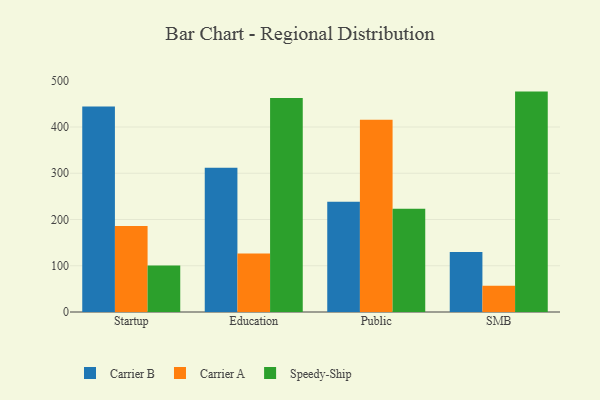
{"axis": {"x": "Segment", "y": "Headcount"}, "legend": ["Carrier A", "Carrier B", "Speedy-Ship"], "data": [{"x": "Startup", "y": 444.5, "type": "Carrier B"}, {"x": "Startup", "y": 185.8, "type": "Carrier A"}, {"x": "Startup", "y": 100.5, "type": "Speedy-Ship"}, {"x": "Education", "y": 312.1, "type": "Carrier B"}, {"x": "Education", "y": 126.5, "type": "Carrier A"}, {"x": "Education", "y": 462.8, "type": "Speedy-Ship"}, {"x": "Public", "y": 238.6, "type": "Carrier B"}, {"x": "Public", "y": 415.5, "type": "Carrier A"}, {"x": "Public", "y": 223.1, "type": "Speedy-Ship"}, {"x": "SMB", "y": 129.6, "type": "Carrier B"}, {"x": "SMB", "y": 56.6, "type": "Carrier A"}, {"x": "SMB", "y": 476.5, "type": "Speedy-Ship"}]}